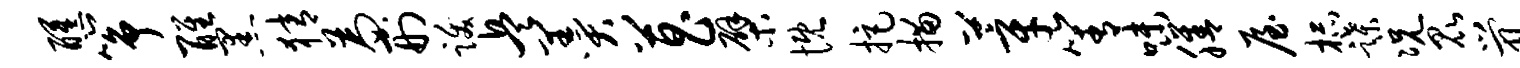
醺筝醒黑猜为刑跋兵羹菖檗慨拒描莘箐味膳屋杯蹀况昆茕